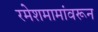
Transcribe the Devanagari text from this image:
रमेशमामांवरून